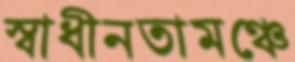
স্বাধীনতামঞ্চে